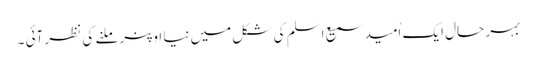
بہر حال ایک اُمید سمیع اسلم کی شکل میں نیا اوپنر ملنے کی نظر آئی ۔